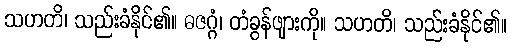
သဟတိ၊ သည်းခံနိုင်၏။ ဓဇဂ္ဂံ၊ တံခွန်ဖျားကို။ သဟတိ၊ သည်းခံနိုင်၏။